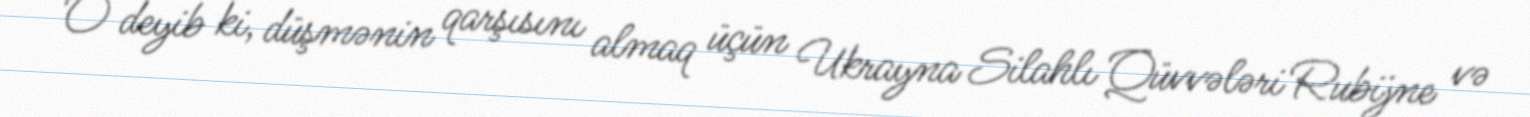
O deyib ki, düşmənin qarşısını almaq üçün Ukrayna Silahlı Qüvvələri Rubijne və